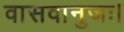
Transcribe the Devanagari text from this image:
वासवानुजः।